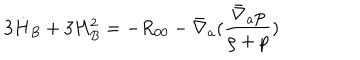
LaTeX: 3 \dot { H } _ { B } + 3 H _ { B } ^ { 2 } = - R _ { 0 0 } - \bar { \nabla } _ { a } ( \frac { \bar { \nabla } _ { a } p } { \rho + p } )